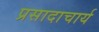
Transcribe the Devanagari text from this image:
प्रसादाचार्य